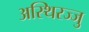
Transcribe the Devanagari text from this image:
अस्थिरज्जु